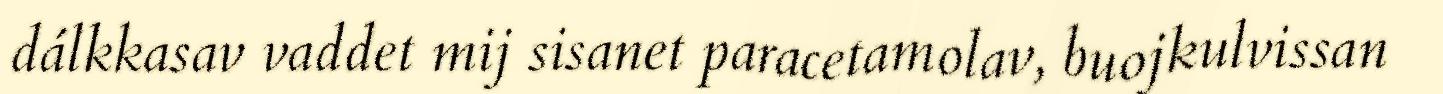
dálkkasav vaddet mij sisanet paracetamolav, buojkulvissan